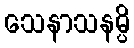
သေနာသနမ္ပိ